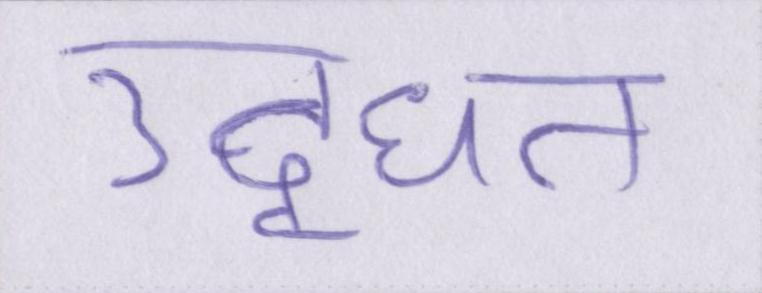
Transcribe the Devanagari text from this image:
उद्धृत